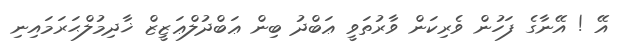
އޭ ! އޭނާގެ ފަހުން ވެރިކަން ވާރުތަވީ ޢަބްދު ބިން ޢަބްދުލްޢަޒީޒް ޚާދިމުލްޙަރަމައިނި